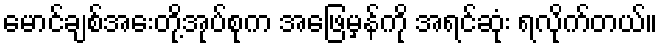
မောင်ချစ်အေးတို့အုပ်စုက အဖြေမှန်ကို အရင်ဆုံး ရလိုက်တယ်။